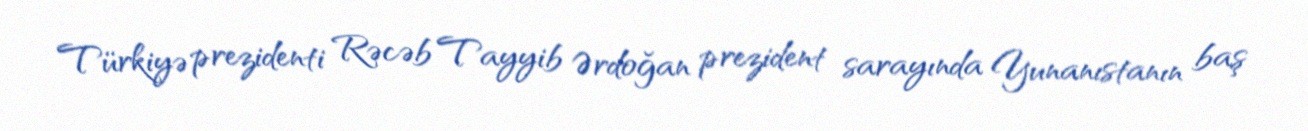
Türkiyə prezidenti Rəcəb Tayyib Ərdoğan prezident sarayında Yunanıstanın baş